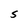
Character: S